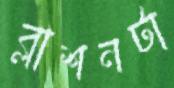
ব্লাশনটা